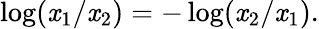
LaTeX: \log(\mathit{x}_{1}/\mathit{x}_{2})=-\log(\mathit{x}_{2}/\mathit{x}_{1}).